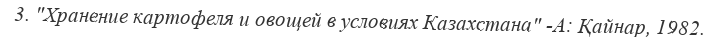
3. "Хранение картофеля и овощей в условиях Казахстана" -А: Қайнар, 1982.